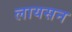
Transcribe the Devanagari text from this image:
लायसन